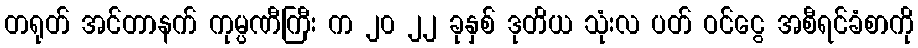
တရုတ် အင်တာနက် ကုမ္ပဏီကြီး က ၂၀ ၂၂ ခုနှစ် ဒုတိယ သုံးလ ပတ် ဝင်ငွေ အစီရင်ခံစာကို